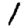
Digit: 1